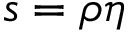
s = \rho \eta